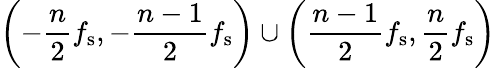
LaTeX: \left(-{\frac{n}{2}}f_{\mathrm{s}},-{\frac{n-1}{2}}f_{\mathrm{s}}\right)\cup\left({\frac{n-1}{2}}f_{\mathrm{s}},{\frac{n}{2}}f_{\mathrm{s}}\right)